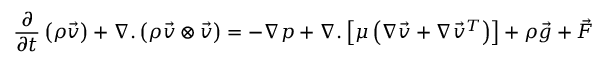
\frac { \partial } { \partial { t } } \left( \rho \vec { v } \right) + \nabla . \left( \rho \vec { v } \otimes \vec { v } \right) = - \nabla { p } + \nabla . \left[ \mu \left( \nabla \vec { v } + \nabla { \vec { v } } ^ { T } \right) \right] + \rho \vec { g } + \vec { F }